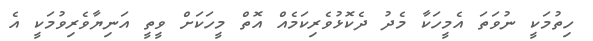
ހިތުމަކީ ނުވަތަ އެމީހަކާ މެދު ދެކޮޅުވެރިކަމެއް އޮތް މީހަކަށް ވީތީ އަނިޔާވެރިވުމަކީ އެ